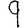
Digit: 9